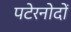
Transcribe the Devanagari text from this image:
पटेरनोदों